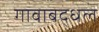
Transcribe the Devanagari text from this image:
गावाबद्धल